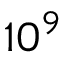
1 0 ^ { 9 }